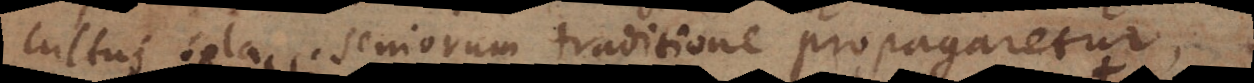
cultus sola seniorum traditione propagaretur,